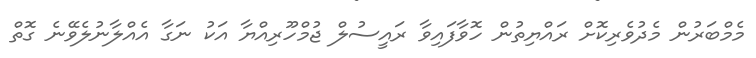
މެމްބަރުން މެދުވެރިކޮށް ރައްޔިތުން ހޮވާފައިވާ ރައީސުލް ޖުމްހޫރިއްޔާ އަކު ނަގާ އެއްލާނުލެވޭނެ ގޮތް